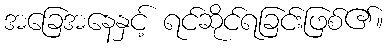
အခြေအနေနှင့် ရင်ဆိုင်ရခြင်းဖြစ်၏။